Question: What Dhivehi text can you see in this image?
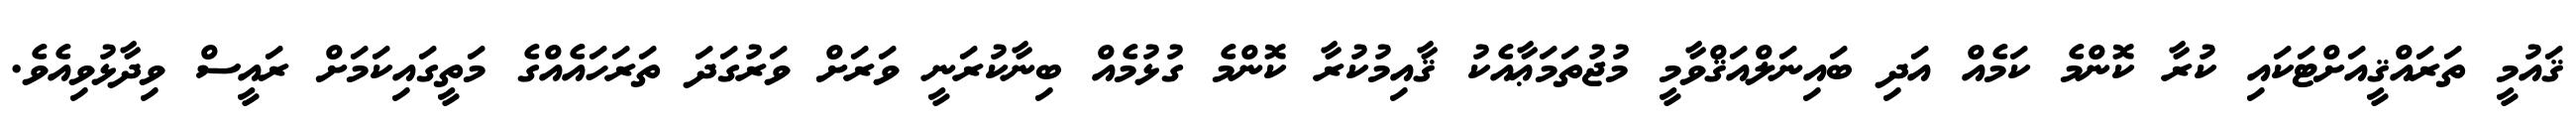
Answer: ޤައުމީ ތަރައްޤީއަށްޓަކައި ކުރާ ކޮންމެ ކަމެއް އަދި ބައިނަލްއަޤްވާމީ މުޖުތަމަޢާއެކު ޤާއިމުކުރާ ކޮންމެ ގުޅުމެއް ބިނާކުރަނީ ވަރަށް ވަރުގަދަ ތަރަހައެއްގެ މަތީގައިކަމަށް ރައީސް ވިދާޅުވިއެވެ.